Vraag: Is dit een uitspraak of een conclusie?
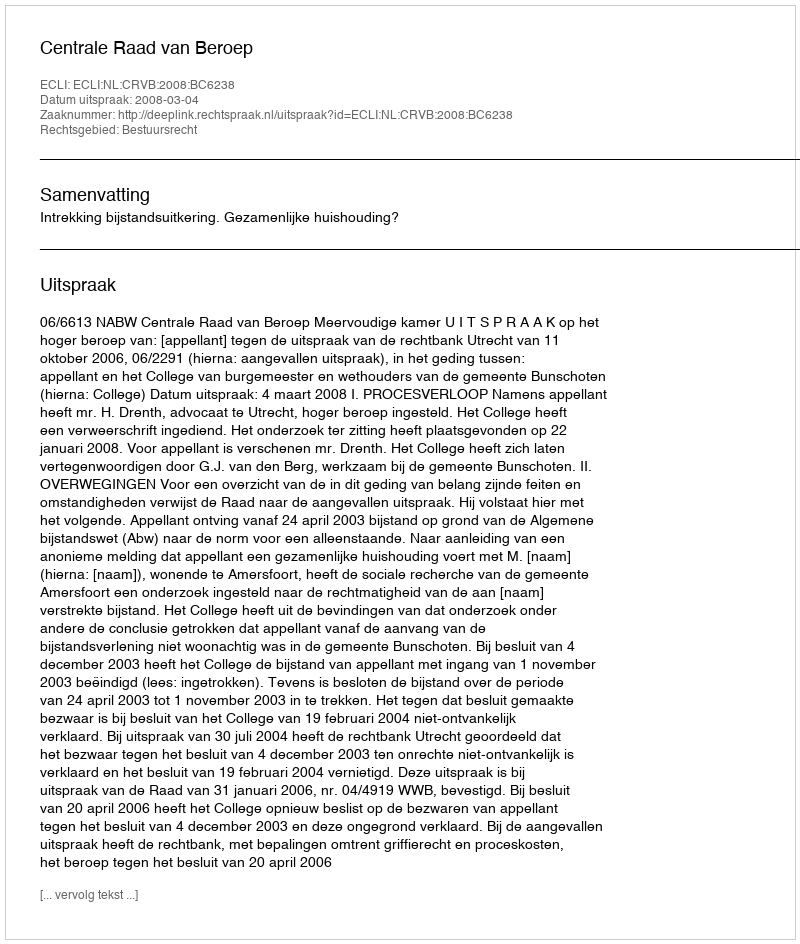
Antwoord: Uitspraak